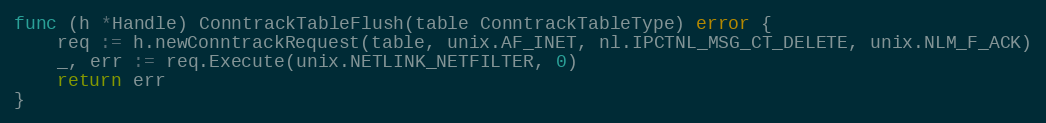
Language: Go
func (h *Handle) ConntrackTableFlush(table ConntrackTableType) error {
	req := h.newConntrackRequest(table, unix.AF_INET, nl.IPCTNL_MSG_CT_DELETE, unix.NLM_F_ACK)
	_, err := req.Execute(unix.NETLINK_NETFILTER, 0)
	return err
}